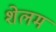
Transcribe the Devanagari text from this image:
शेलम